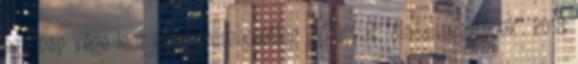
egy nap vége lesz ezen szerencsétlen élőlények "diadalmenetének". 2018